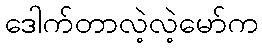
ဒေါက်တာလဲ့လဲ့မော်က